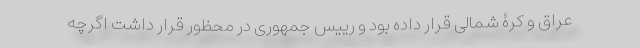
عراق و کرۀ شمالی قرار داده بود و رییس جمهوری در محظور قرار داشت اگرچه